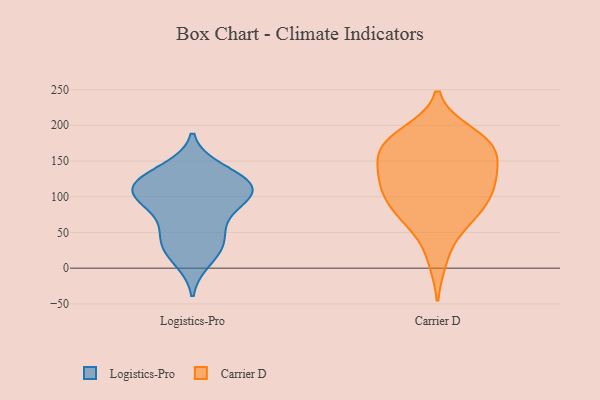
{"axis": {"x": "Active Users", "y": "Value"}, "legend": ["Carrier D", "Logistics-Pro"], "data": [{"x": "", "y": 107, "type": "Logistics-Pro"}, {"x": "", "y": 11, "type": "Logistics-Pro"}, {"x": "", "y": 118, "type": "Logistics-Pro"}, {"x": "", "y": 138, "type": "Logistics-Pro"}, {"x": "", "y": 101, "type": "Logistics-Pro"}, {"x": "", "y": 83, "type": "Logistics-Pro"}, {"x": "", "y": 45, "type": "Logistics-Pro"}, {"x": "", "y": 58, "type": "Logistics-Pro"}, {"x": "", "y": 32, "type": "Logistics-Pro"}, {"x": "", "y": 96, "type": "Logistics-Pro"}, {"x": "", "y": 28, "type": "Logistics-Pro"}, {"x": "", "y": 113, "type": "Logistics-Pro"}, {"x": "", "y": 130, "type": "Logistics-Pro"}, {"x": "", "y": 104, "type": "Logistics-Pro"}, {"x": "", "y": 122, "type": "Logistics-Pro"}, {"x": "", "y": 179, "type": "Carrier D"}, {"x": "", "y": 112, "type": "Carrier D"}, {"x": "", "y": 132, "type": "Carrier D"}, {"x": "", "y": 167, "type": "Carrier D"}, {"x": "", "y": 101, "type": "Carrier D"}, {"x": "", "y": 189, "type": "Carrier D"}, {"x": "", "y": 157, "type": "Carrier D"}, {"x": "", "y": 123, "type": "Carrier D"}, {"x": "", "y": 67, "type": "Carrier D"}, {"x": "", "y": 115, "type": "Carrier D"}, {"x": "", "y": 165, "type": "Carrier D"}, {"x": "", "y": 168, "type": "Carrier D"}, {"x": "", "y": 86, "type": "Carrier D"}, {"x": "", "y": 13, "type": "Carrier D"}, {"x": "", "y": 132, "type": "Carrier D"}, {"x": "", "y": 62, "type": "Carrier D"}, {"x": "", "y": 182, "type": "Carrier D"}, {"x": "", "y": 82, "type": "Carrier D"}]}